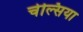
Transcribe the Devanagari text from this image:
चेल्‍सिया